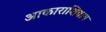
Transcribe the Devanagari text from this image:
आकाराशिवाय